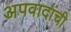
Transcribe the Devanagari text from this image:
अपवादांची